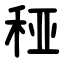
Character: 䅉